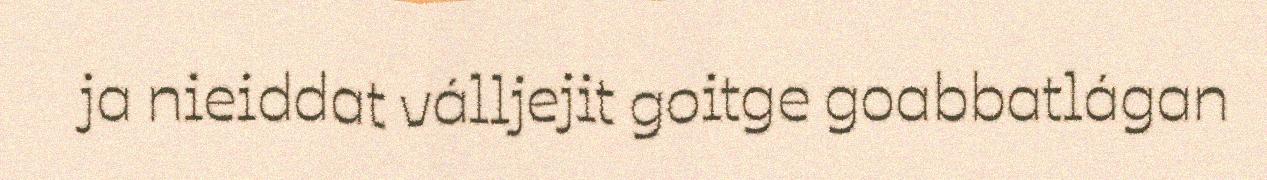
ja nieiddat válljejit goitge goabbatlágan